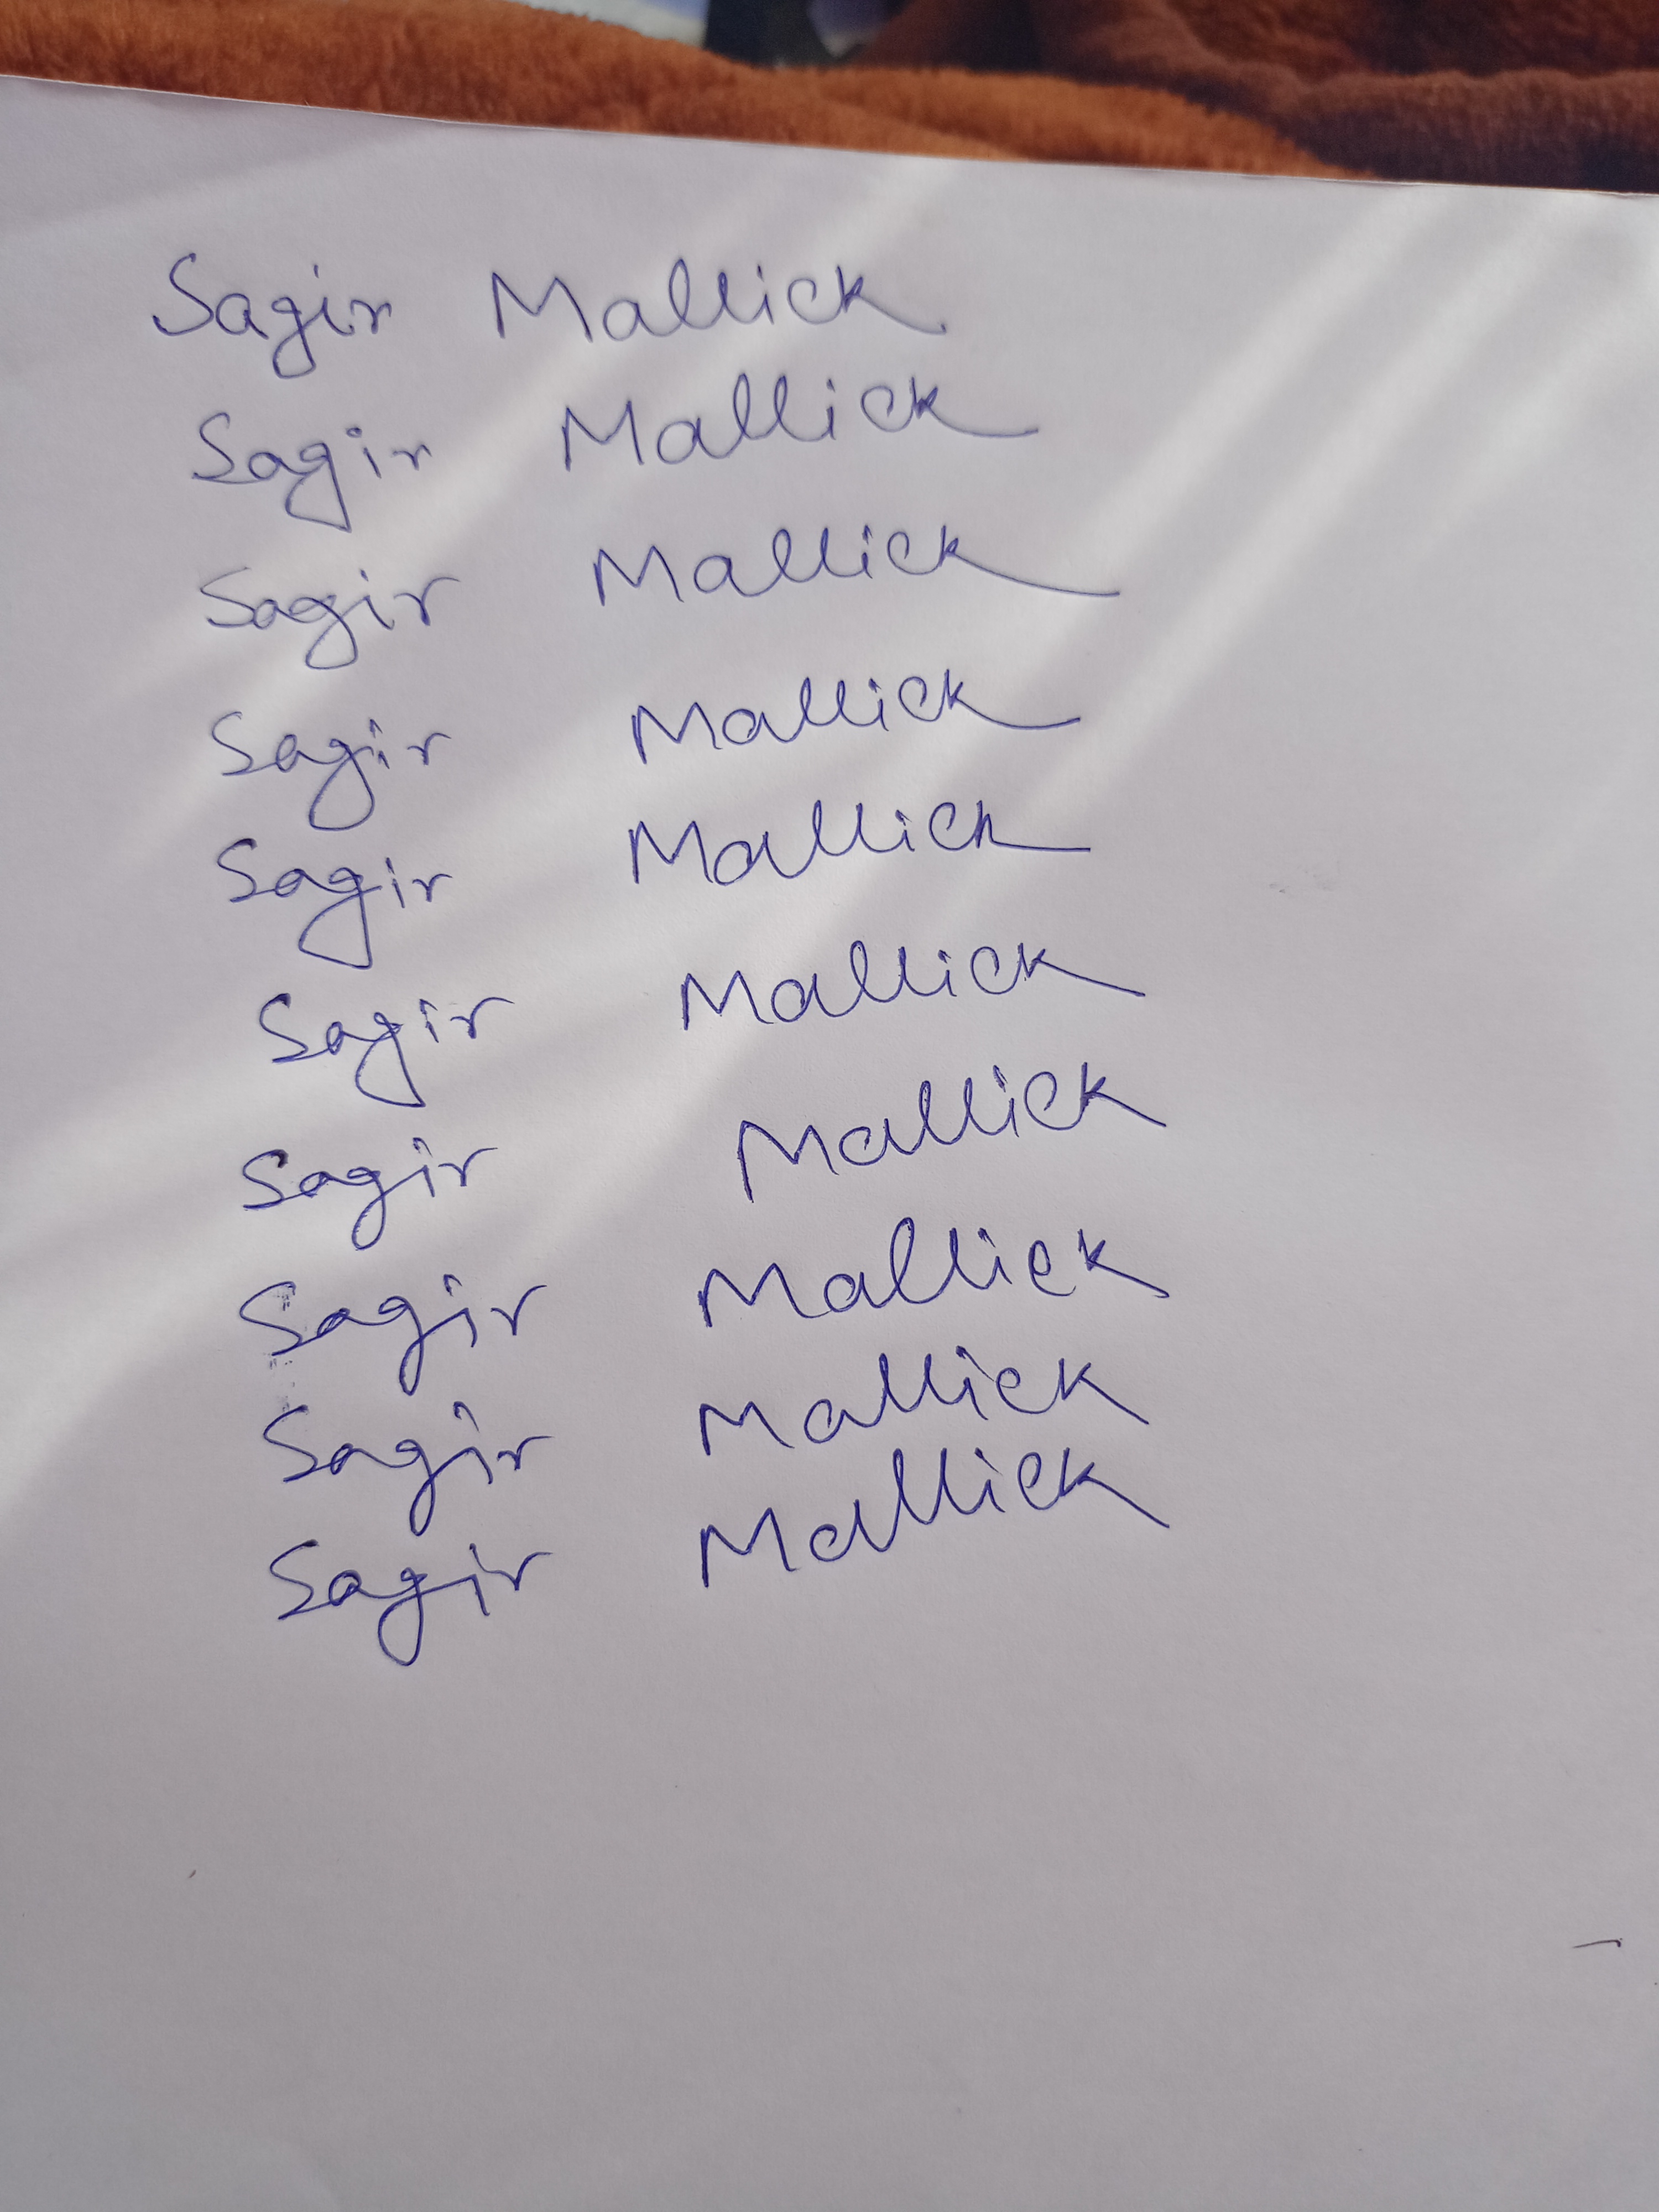
Signature authenticity: genuine